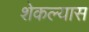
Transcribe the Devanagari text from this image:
शेकल्यास